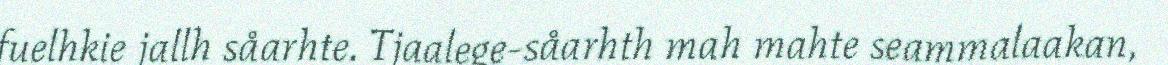
fuelhkie jallh såarhte. Tjaalege-såarhth mah mahte seammalaakan,